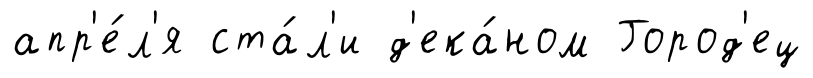
апр'е́л'я ста́л'и д'ека́ном Город'ец